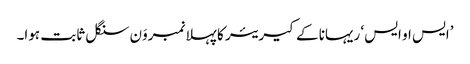
’ایس او ایس‘ ریہانا کے کیریئر کا پہلا نمبروَن سنگل ثابت ہوا۔